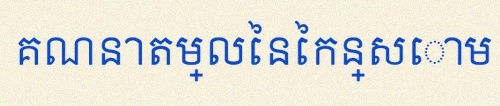
គណនាតម្លៃនៃកន្សោម